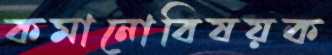
কমানোবিষয়ক